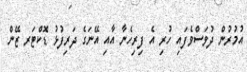
އުމުރުން ދުވަސްވެފައި ހުރި އެ ފިރިހެނާ އާއި އޭނަގެ ދަރިފުޅު ޑޮކްޓަރ ޒޭން